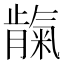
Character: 𬂕